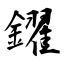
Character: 鑃